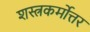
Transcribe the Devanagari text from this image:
शस्त्रकर्मोत्तर